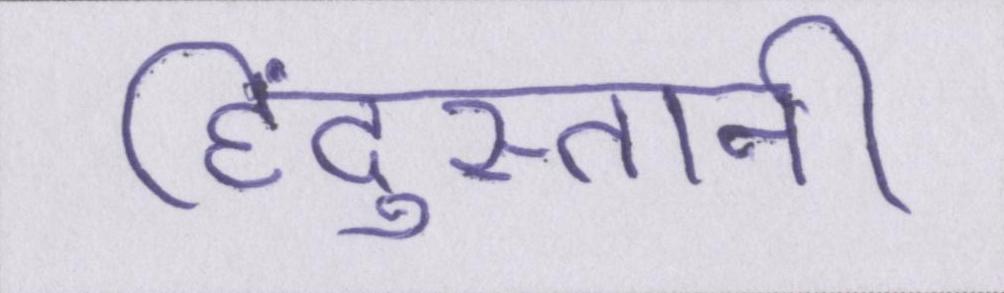
हिंदुस्तानी